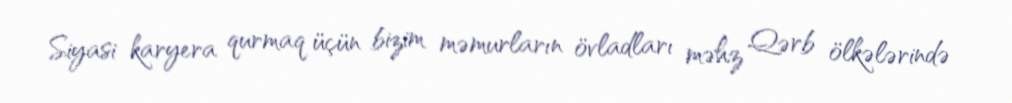
Siyasi karyera qurmaq üçün bizim məmurların övladları məhz Qərb ölkələrində